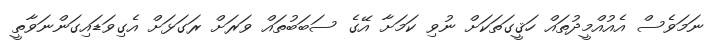
ނަމަވެސް އެއުއްމީދުތައް ހަޤީގަތަކަށް ނުވި ކަމަށާ އޭގެ ސަބަބުތައް ވަރަށް ރަގަޅަށް އެގިވަޑައިގަންނަވާތީ